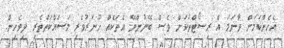
އެހެންކަމަށް ވާނަމަ އެ ރިސޯޓްތަކަށް ވެސް ބޭނުންވޭ އެތަކެއް ހުނަރުވެރި މަސައްކަތްތެރި ދިވެހިން.